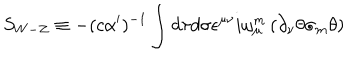
S _ { { W - Z } } \equiv - ( c \alpha ^ { \prime } ) ^ { - { 1 } } \int d \tau d \sigma \epsilon ^ { \mu \nu } i \omega _ { \mu } ^ { { m } } \left( \partial _ { \nu } \theta \sigma _ { { m } } \theta \right)